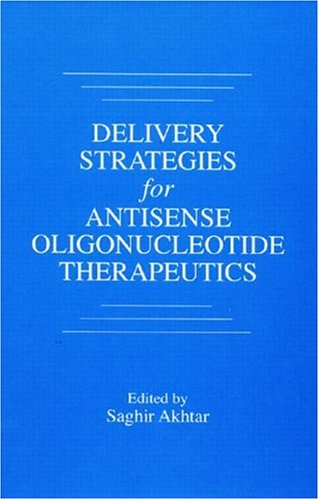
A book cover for Delivery Strategies for Antisense Oligonucleotide Therapeutics; Medical Books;